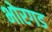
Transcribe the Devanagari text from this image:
भोरगड